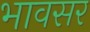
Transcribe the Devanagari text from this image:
भावसर